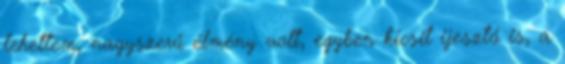
lehettem, nagyszerű élmény volt, egyben kicsit ijesztő is, a